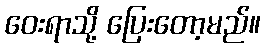
ဝေးရာသို့ ပြေးတော့မည်။